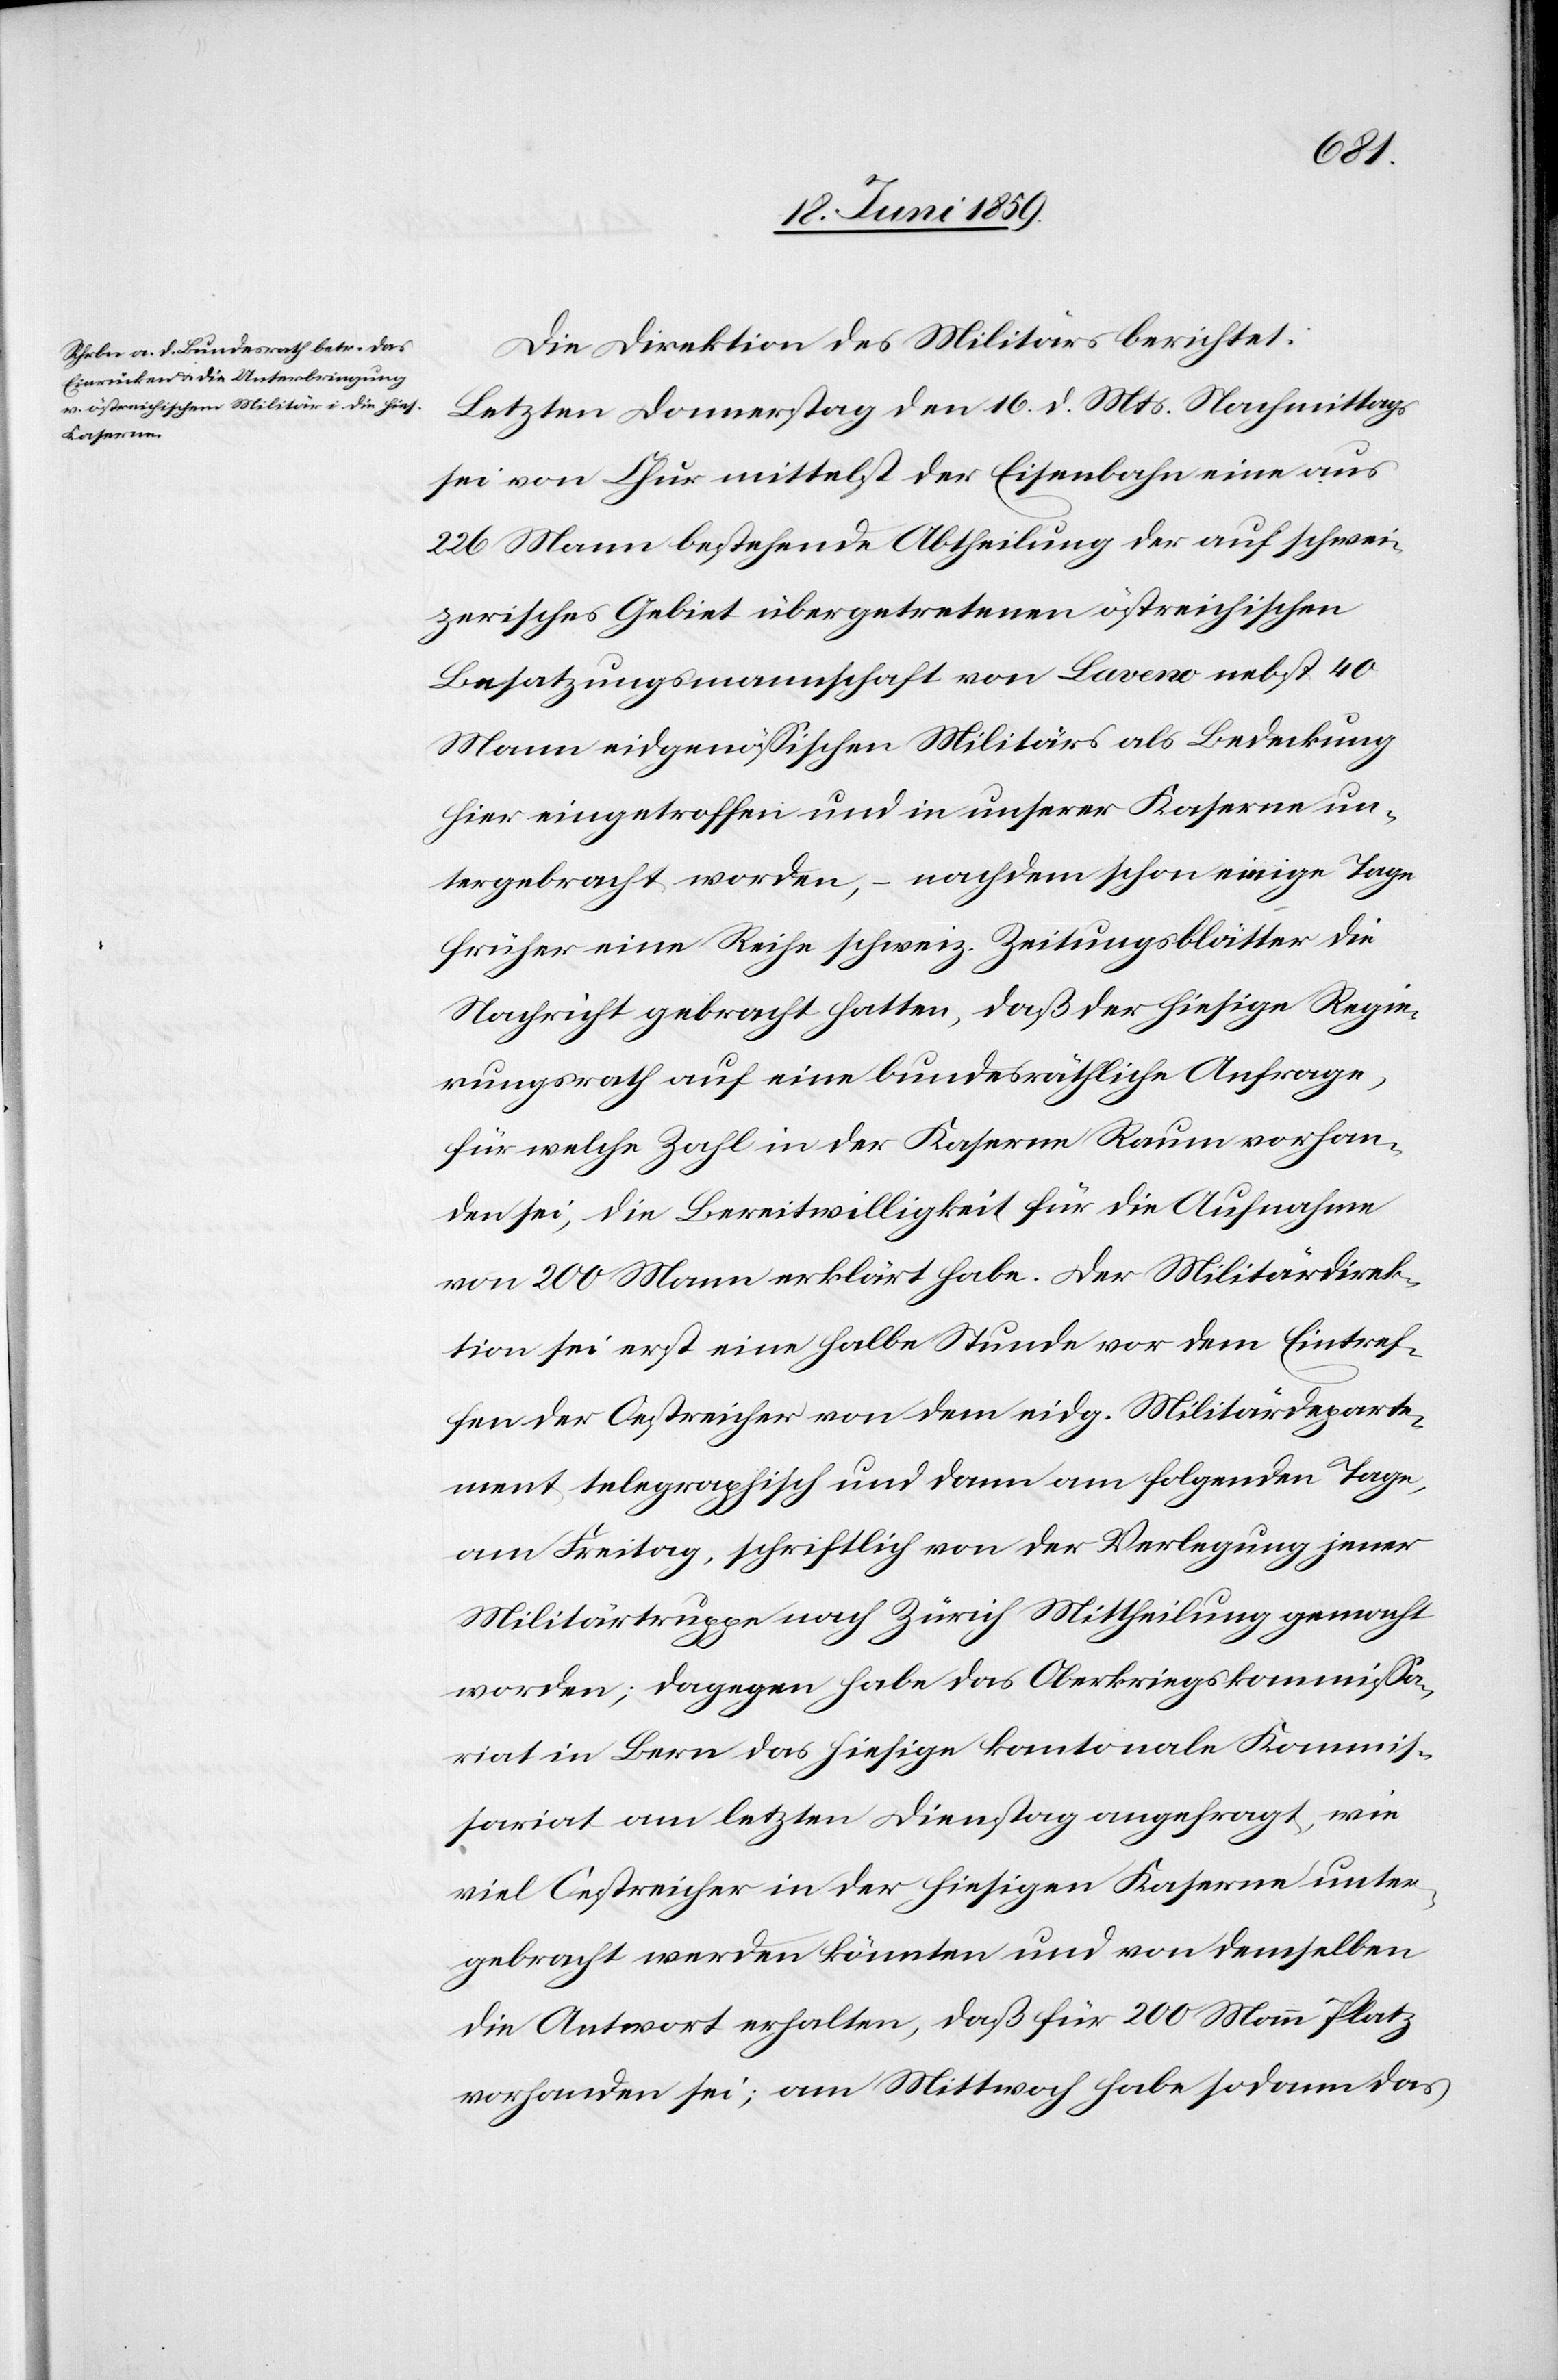
Die Direktion des Militärs berichtet:
Letzten Donnerstag den 16. d. Mts. Nachmittags
sei von Chur mittelst der Eisenbahn eine aus
226 Mann bestehende Abtheilung der auf schwei¬
zerisches Gebiet übergetretenen östreichischen
Besatzungsmannschaft von Laveno nebst 40
Mann eidgenössischen Militärs als Bedeckung
hier eingetroffen und in unserer Kaserne un¬
tergebracht worden, – nachdem schon einige Tage
früher eine Reihe schweiz. Zeitungsblätter die
Nachricht gebracht hatten, daß der hiesige Regie¬
rungsrath auf eine bundesräthliche Anfrage
für welche Zahl in der Kaserne Raum vorhan¬
den sei, die Bereitwilligkeit für die Aufnahme
von 200 Mann erklärt habe. Der Militärdirek¬
tion sei erst eine halbe Stunde vor dem Eintref¬
fen der Oestreicher von dem eidg. Militärdeparte¬
ment telegraphisch und dann am folgenden Tage,
am Freitag, schriftlich von der Verlegung jener
Militärtruppe nach Zürich Mittheilung gemacht
worden; dagegen habe das Oberkriegskommissa¬
riat in Bern das hiesige kantonale Kommis¬
sariat am letzten Dienstag angefragt, wie
viel Oestreicher in der hiesigen Kaserne unter¬
gebracht werden könnten und von demselben
die Antwort erhalten, daß für 200 Mann Platz
vorhanden sei; am Mittwoch habe sodann das